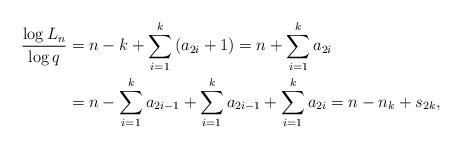
LaTeX: \begin{align*} \frac{\log L_{n}}{\log q}&=n-k + \sum_{i=1}^{k}\left(a_{2i}+1\right) = n+\sum_{i=1}^{k}a_{2i} \\ &= n-\sum_{i=1}^{k}a_{2i-1} +\sum_{i=1}^{k}a_{2i-1} + \sum_{i=1}^{k}a_{2i}= n-n_{k}+s_{2k},\end{align*}